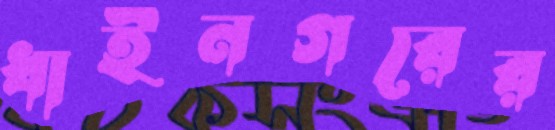
ধাইনগরের